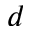
d